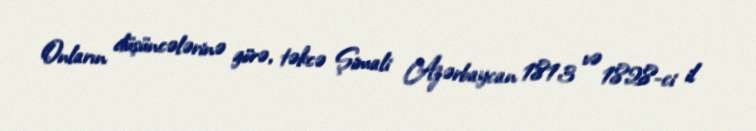
Onların düşüncələrinə görə, təkcə Şimali Azərbaycan 1813 və 1828-ci il